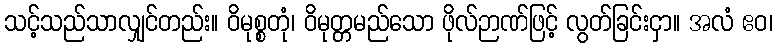
သင့်သည်သာလျှင်တည်း။ ဝိမုစ္စတုံ၊ ဝိမုတ္တမည်သော ဖိုလ်ဉာဏ်ဖြင့် လွတ်ခြင်းငှာ။ အလံ ဧဝ၊